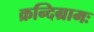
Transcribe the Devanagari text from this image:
क्रन्दिग्रामः